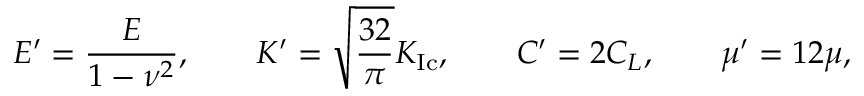
E ^ { \prime } = \frac { E } { 1 - \nu ^ { 2 } } , \qquad K ^ { \prime } = \sqrt { \frac { 3 2 } { \pi } } K _ { \mathrm { I c } } , \qquad C ^ { \prime } = 2 C _ { L } , \qquad \mu ^ { \prime } = 1 2 \mu ,